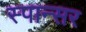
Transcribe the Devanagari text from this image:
स्पान्सर